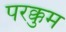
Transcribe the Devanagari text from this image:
परक्कुम